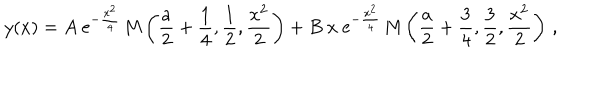
y ( x ) = A \ \mathrm { e } ^ { - \frac { x ^ { 2 } } { 4 } } \, \mathrm { M } \left( \frac { a } { 2 } + \frac { 1 } { 4 } , \frac { 1 } { 2 } , \frac { x ^ { 2 } } { 2 } \right) + B \ x \ \mathrm { e } ^ { - \frac { x ^ { 2 } } { 4 } } \, \mathrm { M } \left( \frac { a } { 2 } + \frac { 3 } { 4 } , \frac { 3 } { 2 } , \frac { x ^ { 2 } } { 2 } \right) \, ,